Annual report of the Punjab Veterinary College and of the Civil Veterinary Department, Punjab - 1894-1908
Year: 1894
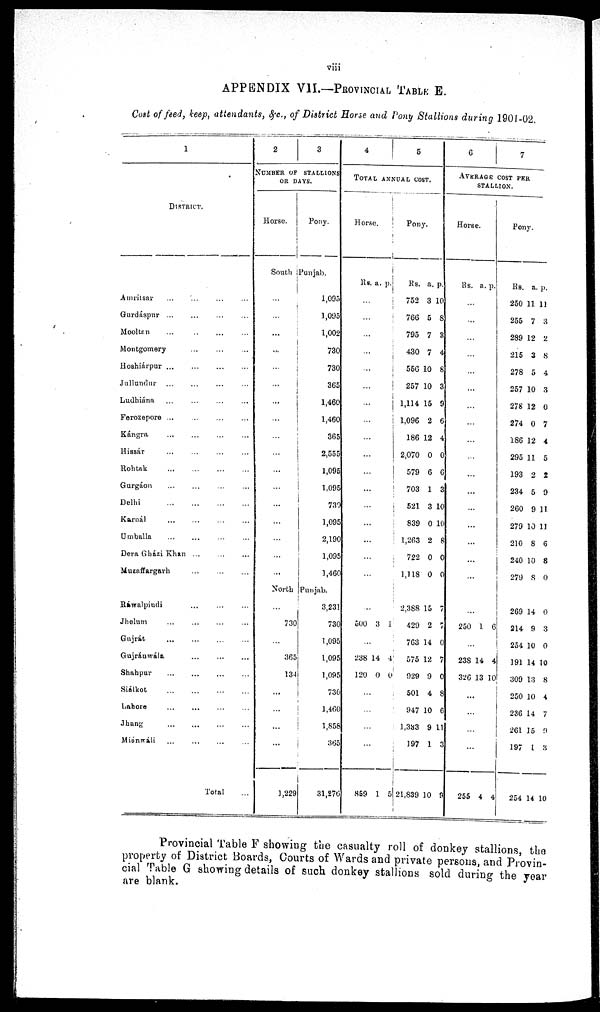
viii
APPENDIX V1L.—PROVINCIAL TABLE E.
Cost of feed, keep, attendants, &c., of District Horse and Pony Stallions during 1901-02.
1
DISTRICT.
Amritsar ... ... ... ... ...
Gurdáspur
...
...
...
...
Mooltan
... ... ... ... ... ...
Montgomery ... ... ... ...
Hoshiárpur
...
...
...
...
Jullundur ... ... ... ...
Ludhiána ... ... ... ...
Forozepore ... ... ... ... ...
Kángra
...
...
...
...
Hissár ... ... ... ...
Rohtak ... ... ... ... ...
Gurgáon ... ... ... ... ...
Delhi ... ... ... ... ... ...
Karnál ... ... ... ... ...
Umballa ... ... ... ... ...
Dera Gházi Khan ... ... ... ... ...
Muzaffargarh ... ... ... ...
Rawalpindi ... ... ... ...
Jhehun ... ... ... ...
Gujrát
...
...
...
...
...
Gujránwála ... ... ...
Shahpur ... ... ... ...
Siálkot ... ... ... ... ... ...
Lahore ... ... ... ...
Jhang ... ... ... ...
Miánwáli ... ... ... ... ...
Total ...
2
3
NUMBER OF STALLIONS
OR DAYS.
Horse.
Pony.
South Punjab.
...
...
...
...
...
...
...
...
...
...
...
...
...
...
...
...
...
1,095
1,095
1,002
730
730
365
1,460
1,460
365
2,555
1,095
1,095
730
1,095
2,190
1,095
1,460
North Punjab.
...
730
...
365
134
...
...
...
...
1,229
3,231
730
1,095
1,095
1,095
730
1,460
1,858
365
31,276
4
5
TOTAL ANNUAL COST.
Horse.
Rs . a. p.
...
...
...
...
...
...
...
...
...
...
...
...
...
...
...
...
...
...
...
500 3 1
...
238
120
14
0
4
0
...
...
...
...
859 1 5
Pony.
Rs.
752
766
795
430
556
257
1,114
1,096
186
2,070
579
703
521
839
1,263
722
1,118
a.
3
5
7
7
10
10
15
2
12
0
6
1
3
0
2
0
0
p.
10
8
3
4
8
3
9
6
4
0
6
3
10
10
8
0
0
2,388
429
763
575
929
501
947
1,333
197
21,839
15
2
14
12
9
4
10
9
1
10
7
7
0
7
0
8
6
11
3
9
6
7
AVERAGE COST PER
STALLION.
Horse.
Rs. a. p .
...
...
...
...
...
...
...
...
...
...
...
...
...
...
...
...
...
...
250 1 6
...
238
326
14
13
4
10
...
...
...
...
255 4 4
Pony.
Rs.
250
255
289
215
278
257
278
274
186
295
193
234
260
279
210
240
279
a.
11
7
12
3
5
10
12
0
12
11
2
5
9
10
8
10
8
p.
11
3
2
8
4
3
0
7
4
5
2
9
11
11
6
8
0
269
214
254
191
309
250
236
261
197
254
14
9
10
14
13
10
14
15
1
14
0
3
0
10
8
4
7
9
3
10
Provincial Table F showing the casualty roll of donkey stallions, the
property of District Boards, Courts of Wards and private persons, and Provin-
cial Table G showing details of such donkey stallions sold during the year
are blank.